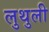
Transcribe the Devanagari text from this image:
लुथुली